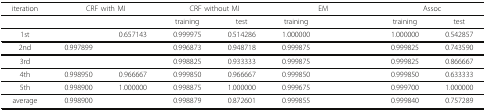
<table><thead><tr><td><b>iteration</b></td><td colspan="2"><b>CRF with MI</b></td><td colspan="2"><b>CRF without MI</b></td><td colspan="2"><b>EM</b></td><td colspan="2"><b>Assoc</b></td></tr></thead><tbody><tr><td>[EMPTY_CELL]</td><td>[EMPTY_CELL]</td><td>[EMPTY_CELL]</td><td>training</td><td>test</td><td>training</td><td>[EMPTY_CELL]</td><td>training</td><td>test</td></tr><tr><td>1st</td><td>[EMPTY_CELL]</td><td>0.657143</td><td>0.999975</td><td>0.514286</td><td>1.000000</td><td>[EMPTY_CELL]</td><td>1.000000</td><td>0.542857</td></tr><tr><td>2nd</td><td>0.997899</td><td>[EMPTY_CELL]</td><td>0.996873</td><td>0.948718</td><td>0.999875</td><td>[EMPTY_CELL]</td><td>0.999825</td><td>0.743590</td></tr><tr><td>3rd</td><td>[EMPTY_CELL]</td><td>[EMPTY_CELL]</td><td>0.998825</td><td>0.933333</td><td>0.999875</td><td>[EMPTY_CELL]</td><td>0.999825</td><td>0.866667</td></tr><tr><td>4th</td><td>0.998950</td><td>0.966667</td><td>0.999850</td><td>0.966667</td><td>0.999850</td><td>[EMPTY_CELL]</td><td>0.999850</td><td>0.633333</td></tr><tr><td>5th</td><td>0.998900</td><td>1.000000</td><td>0.998875</td><td>1.000000</td><td>0.999675</td><td>[EMPTY_CELL]</td><td>0.999700</td><td>1.000000</td></tr><tr><td>average</td><td>0.998900</td><td>[EMPTY_CELL]</td><td>0.998879</td><td>0.872601</td><td>0.999855</td><td>[EMPTY_CELL]</td><td>0.999840</td><td>0.757289</td></tr></tbody></table>